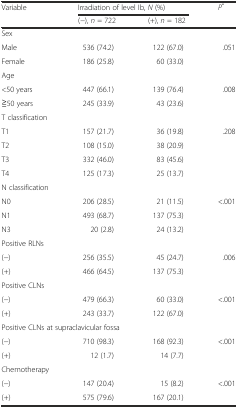
<table><thead><tr><td rowspan="2"><b>Variable</b></td><td colspan="2"><b>Irradiation of level Ib, <i>N</i> (%)</b></td><td rowspan="2"><b><i>P</i><sup>*</sup></b></td></tr><tr><td><b>(−), <i>n</i> = 722</b></td><td><b>(+), <i>n</i> = 182</b></td></tr></thead><tbody><tr><td>Sex</td><td></td><td></td><td></td></tr><tr><td>Male</td><td>536 (74.2)</td><td>122 (67.0)</td><td rowspan="2">.051</td></tr><tr><td>Female</td><td>186 (25.8)</td><td>60 (33.0)</td></tr><tr><td>Age</td><td></td><td></td><td></td></tr><tr><td>&lt;50 years</td><td>447 (66.1)</td><td>139 (76.4)</td><td rowspan="2">.008</td></tr><tr><td>≧50 years</td><td>245 (33.9)</td><td>43 (23.6)</td></tr><tr><td>T classification</td><td></td><td></td><td></td></tr><tr><td>T1</td><td>157 (21.7)</td><td>36 (19.8)</td><td rowspan="4">.208</td></tr><tr><td>T2</td><td>108 (15.0)</td><td>38 (20.9)</td></tr><tr><td>T3</td><td>332 (46.0)</td><td>83 (45.6)</td></tr><tr><td>T4</td><td>125 (17.3)</td><td>25 (13.7)</td></tr><tr><td>N classification</td><td></td><td></td><td></td></tr><tr><td>N0</td><td>206 (28.5)</td><td>21 (11.5)</td><td rowspan="3">&lt;.001</td></tr><tr><td>N1</td><td>493 (68.7)</td><td>137 (75.3)</td></tr><tr><td>N3</td><td>20 (2.8)</td><td>24 (13.2)</td></tr><tr><td colspan="3">Positive RLNs</td><td></td></tr><tr><td>(−)</td><td>256 (35.5)</td><td>45 (24.7)</td><td rowspan="2">.006</td></tr><tr><td>(+)</td><td>466 (64.5)</td><td>137 (75.3)</td></tr><tr><td colspan="3">Positive CLNs</td><td></td></tr><tr><td>(−)</td><td>479 (66.3)</td><td>60 (33.0)</td><td rowspan="2">&lt;.001</td></tr><tr><td>(+)</td><td>243 (33.7)</td><td>122 (67.0)</td></tr><tr><td colspan="3">Positive CLNs at supraclavicular fossa</td><td></td></tr><tr><td>(−)</td><td>710 (98.3)</td><td>168 (92.3)</td><td>&lt;.001</td></tr><tr><td>(+)</td><td>12 (1.7)</td><td>14 (7.7)</td><td></td></tr><tr><td colspan="3">Chemotherapy</td><td></td></tr><tr><td>(−)</td><td>147 (20.4)</td><td>15 (8.2)</td><td rowspan="2">&lt;.001</td></tr><tr><td>(+)</td><td>575 (79.6)</td><td>167 (20.1)</td></tr></tbody></table>